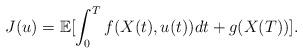
LaTeX: \begin{align*}J(u) = \mathbb{E}[\int_0^Tf(X(t), u(t))dt + g(X(T ))].\end{align*}